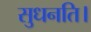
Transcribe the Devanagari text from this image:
सुधनति।